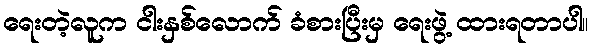
ရေးတဲ့လူက ငါးနှစ်လောက် ခံစားပြီးမှ ရေးဖွဲ့ ထားရတာပါ။